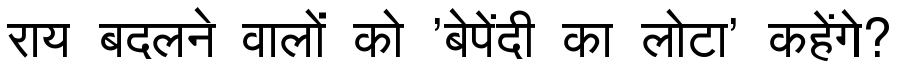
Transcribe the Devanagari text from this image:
राय बदलने वालों को 'बेपेंदी का लोटा' कहेंगे?